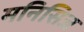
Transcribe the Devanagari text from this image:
मनिसिज